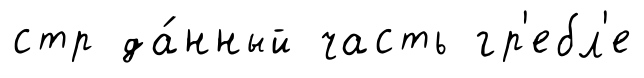
стр да́нный часть гр'ебл'е